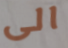
الى